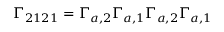
\Gamma _ { 2 1 2 1 } = \Gamma _ { a , 2 } \Gamma _ { a , 1 } \Gamma _ { a , 2 } \Gamma _ { a , 1 }